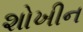
શોખીન